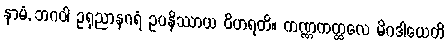
နာမံ, ဘဂဝါ ဥရုညာနဂရံ ဥပနိဿာယ ဝိဟရတိ။ ကဏ္ဏကတ္ထလေ မိဂဒါယေတိ